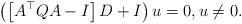
LaTeX: \begin{align*}\left(\left[A^\top Q A-I\right]D +I\right)u = 0, u \neq 0.\end{align*}